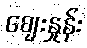
ဈေးနှုန်း